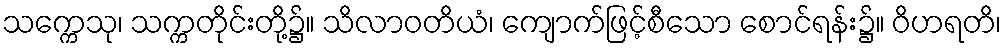
သက္ကေသု၊ သက္ကတိုင်းတို့၌။ သိလာဝတိယံ၊ ကျောက်ဖြင့်စီသော စောင်ရန်း၌။ ဝိဟရတိ၊